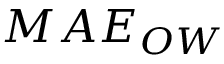
M A E _ { O W }